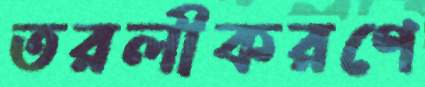
তরলীকরণে